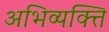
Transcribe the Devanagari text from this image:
अभिव्यक्त्ति